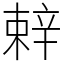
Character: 辢